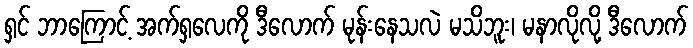
ရှင် ဘာကြောင့် အက်ရှလေကို ဒီလောက် မုန်းနေသလဲ မသိဘူး၊ မနာလိုလို့ ဒီလောက်